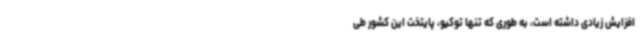
افزایش زیادی داشته است، به طوری که تنها توکیو، پایتخت این کشور طی